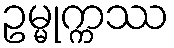
ဥမ္မုက္ကဿ